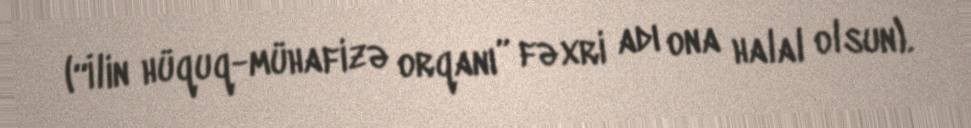
(“İlin hüquq-mühafizə orqanı” fəxri adı ona halal olsun).